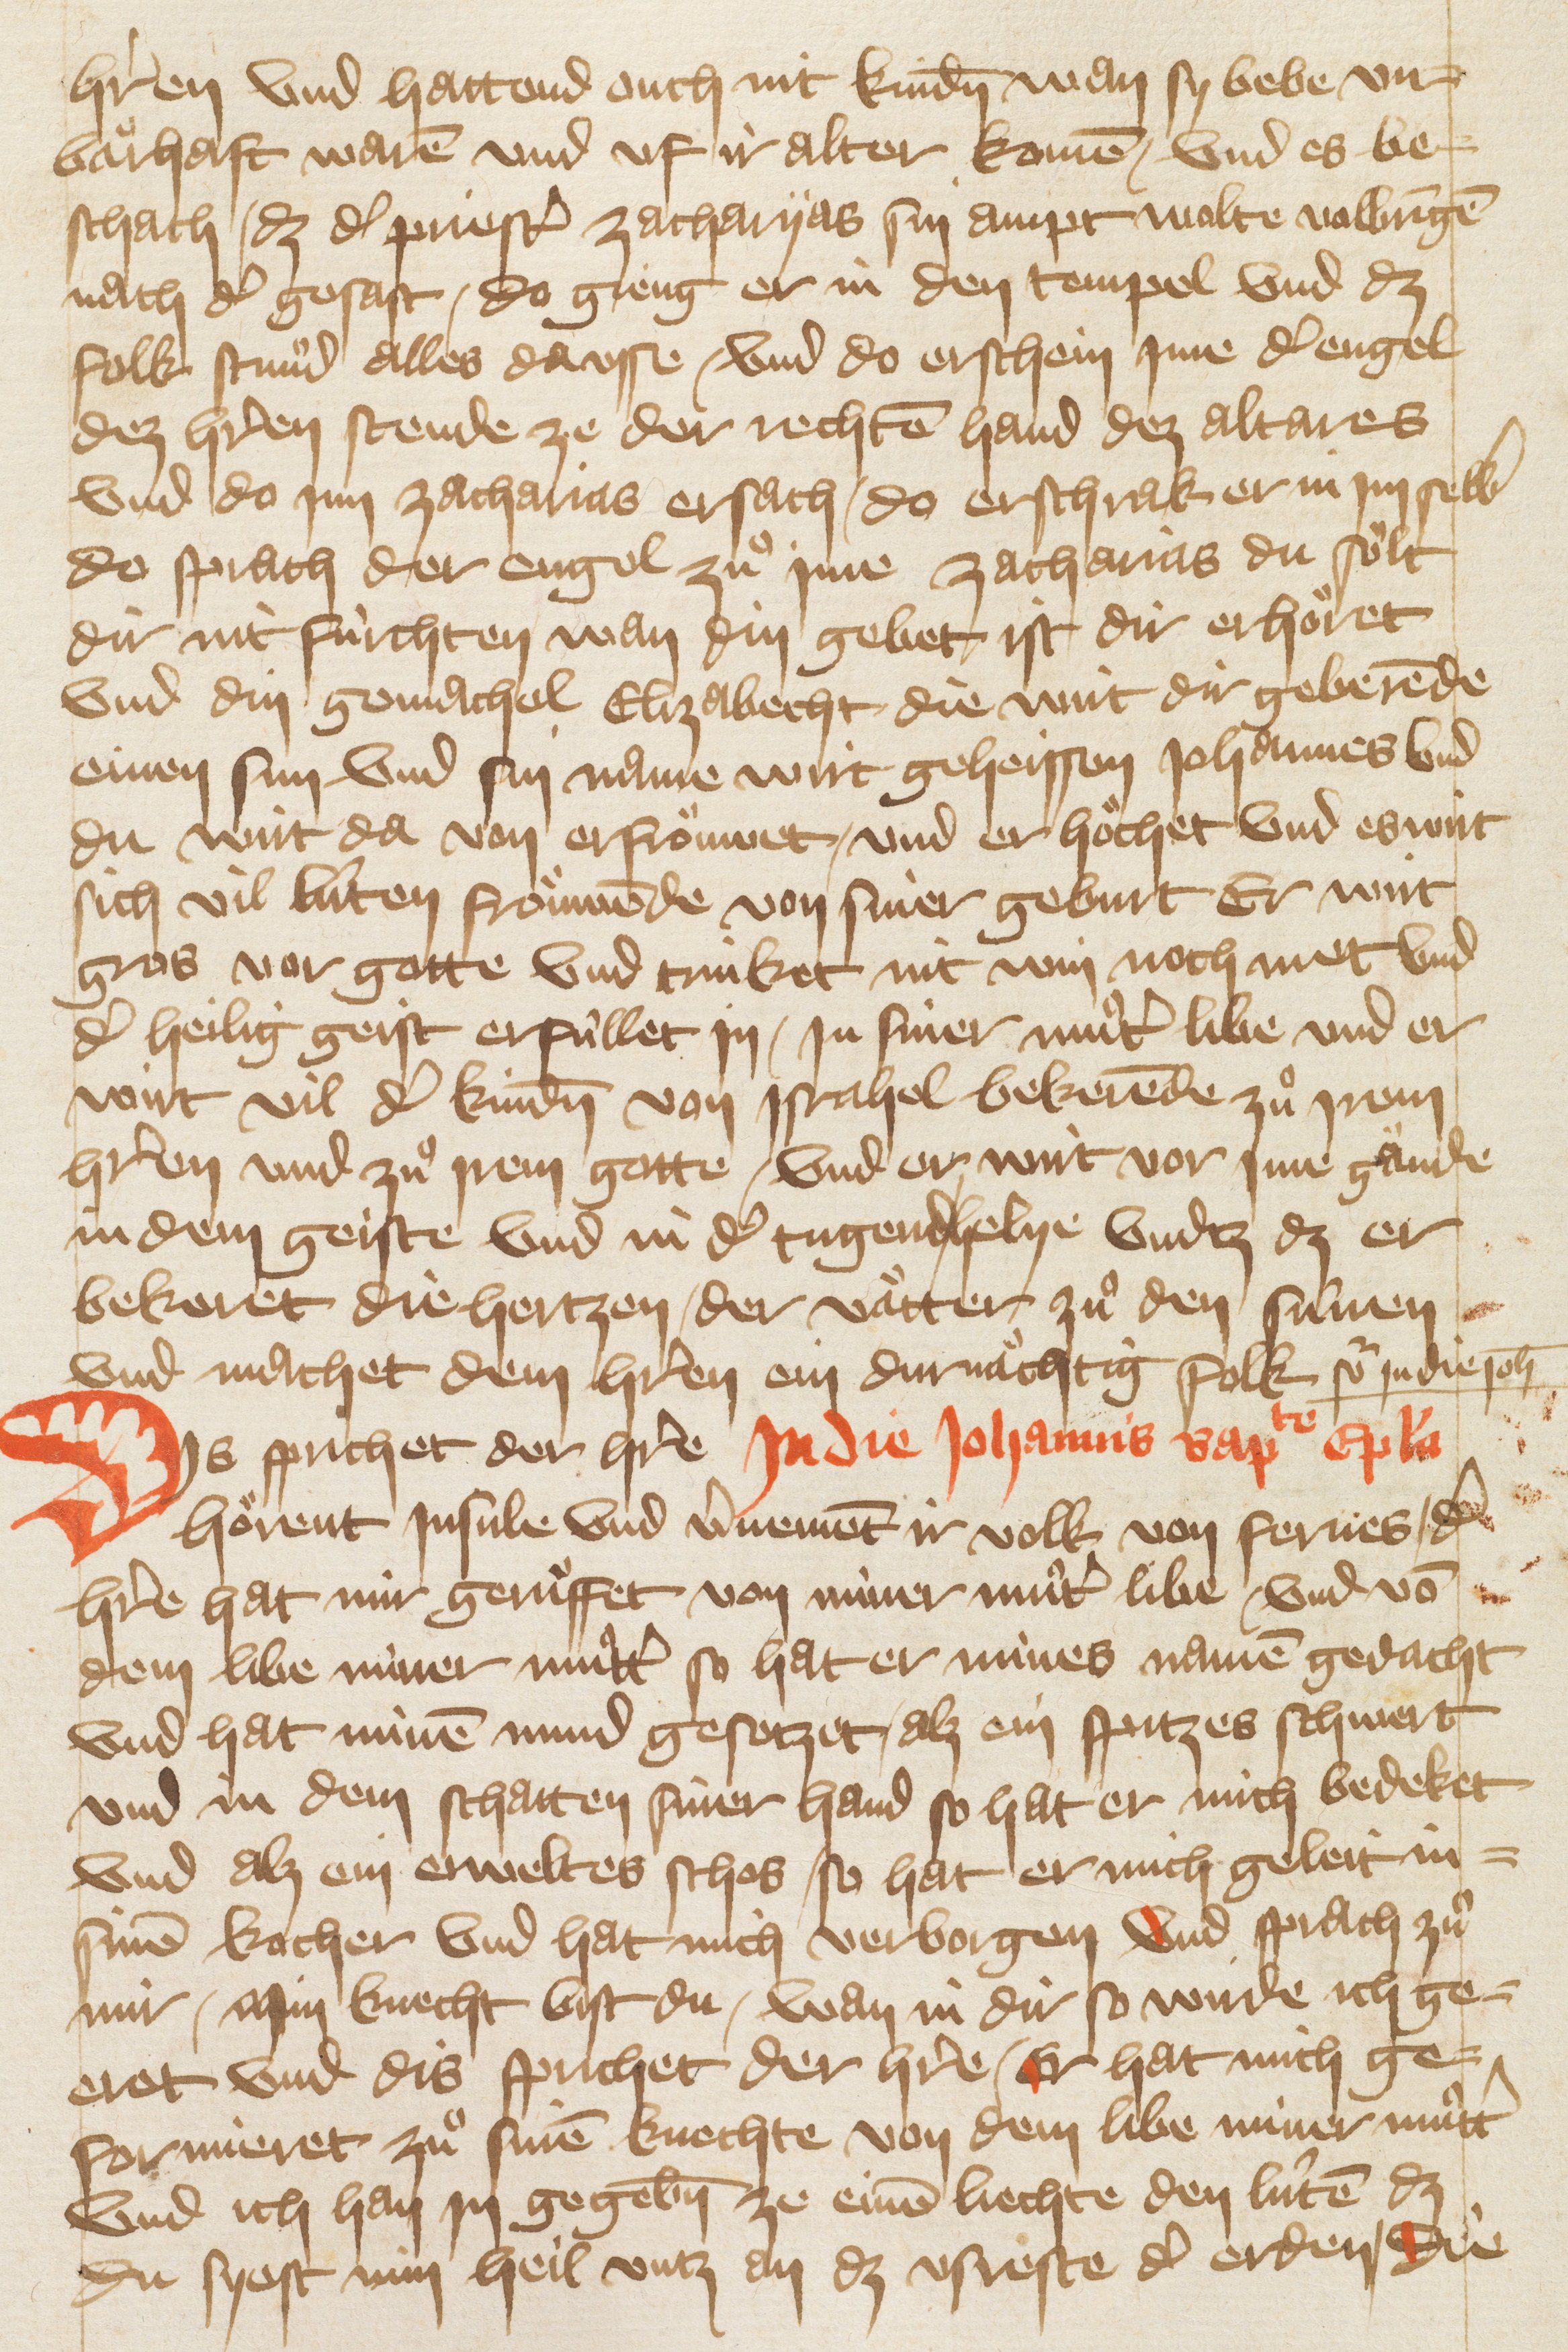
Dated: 1405–1435